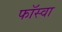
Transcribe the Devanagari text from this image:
फॉस्वा